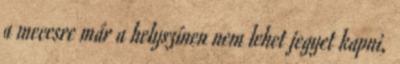
a meccsre már a helyszínen nem lehet jegyet kapni,